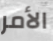
الأمر